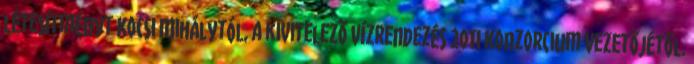
létesítményt Kocsi Mihálytól, a kivitelezõ Vízrendezés 2011 Konzorcium vezetõjétõl.